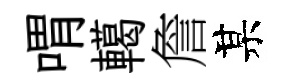
喟轕詹某